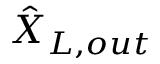
\hat { X } _ { L , o u t }